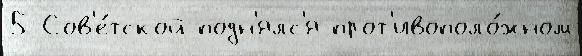
5 Сов'е́тской подн'ялс'я прот'ивополо́жном